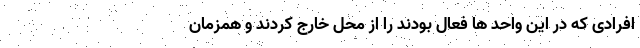
افرادی که در این واحد ها فعال بودند را از محل خارج کردند و همزمان